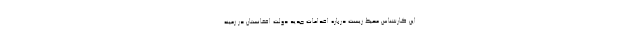
این کارشناس محیط زیست درباره اقدامات جدید دولت افغانستان در زمینه